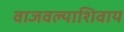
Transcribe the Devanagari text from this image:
वाजवल्याशिवाय